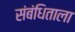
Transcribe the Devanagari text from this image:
संबंधिताला